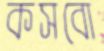
কসবো